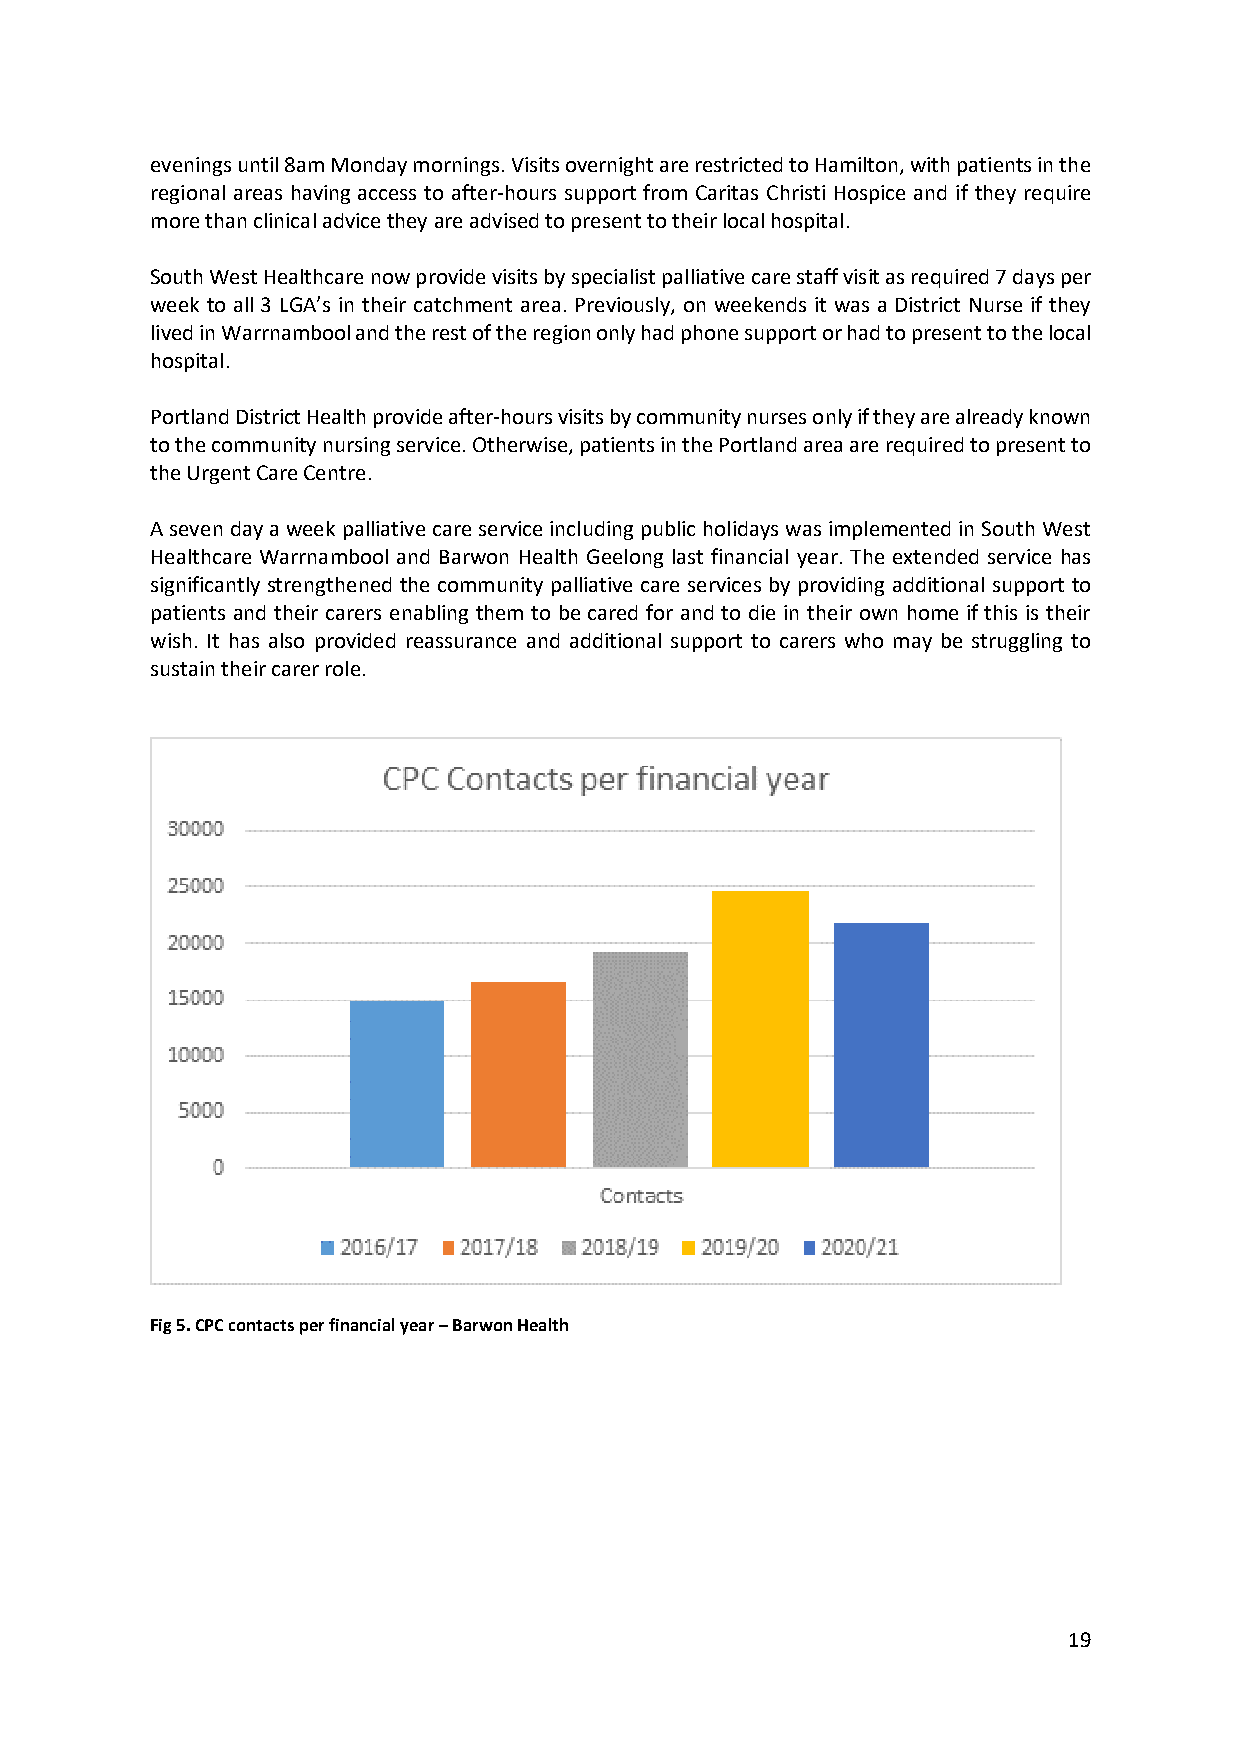
evenings until 8am Monday mornings. Visits overnight are restricted to Hamilton, with patients in the
 regional areas having access to after-hours support from Caritas Christi Hospice and if they require
 more than clinical advice they are advised to present to their local hospital.
 South West Healthcare now provide visits by specialist palliative care staff visit as required 7 days per
 week to all 3 LGA’s in their catchment area. Previously, on weekends it was a District Nurse if they
 lived in Warrnambool and the rest of the region only had phone support or had to present to the local
 hospital.
 Portland District Health provide after-hours visits by community nurses only if they are already known
 to the community nursing service. Otherwise, patients in the Portland area are required to present to
 the Urgent Care Centre.
 A seven day a week palliative care service including public holidays was implemented in South West
 Healthcare Warrnambool and Barwon Health Geelong last financial year. The extended service has
 significantly strengthened the community palliative care services by providing additional support to
 patients and their carers enabling them to be cared for and to die in their own home if this is their
 wish. It has also provided reassurance and additional support to carers who may be struggling to
 sustain their carer role.
 Fig 5. CPC contacts per financial year – Barwon Health
 19